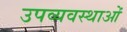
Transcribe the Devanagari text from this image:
उपव्यवस्थाओं